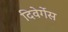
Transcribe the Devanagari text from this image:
दिवेर्गेस